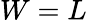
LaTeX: W=L